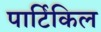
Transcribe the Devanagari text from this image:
पार्टिकिल